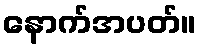
နောက်အပတ်။